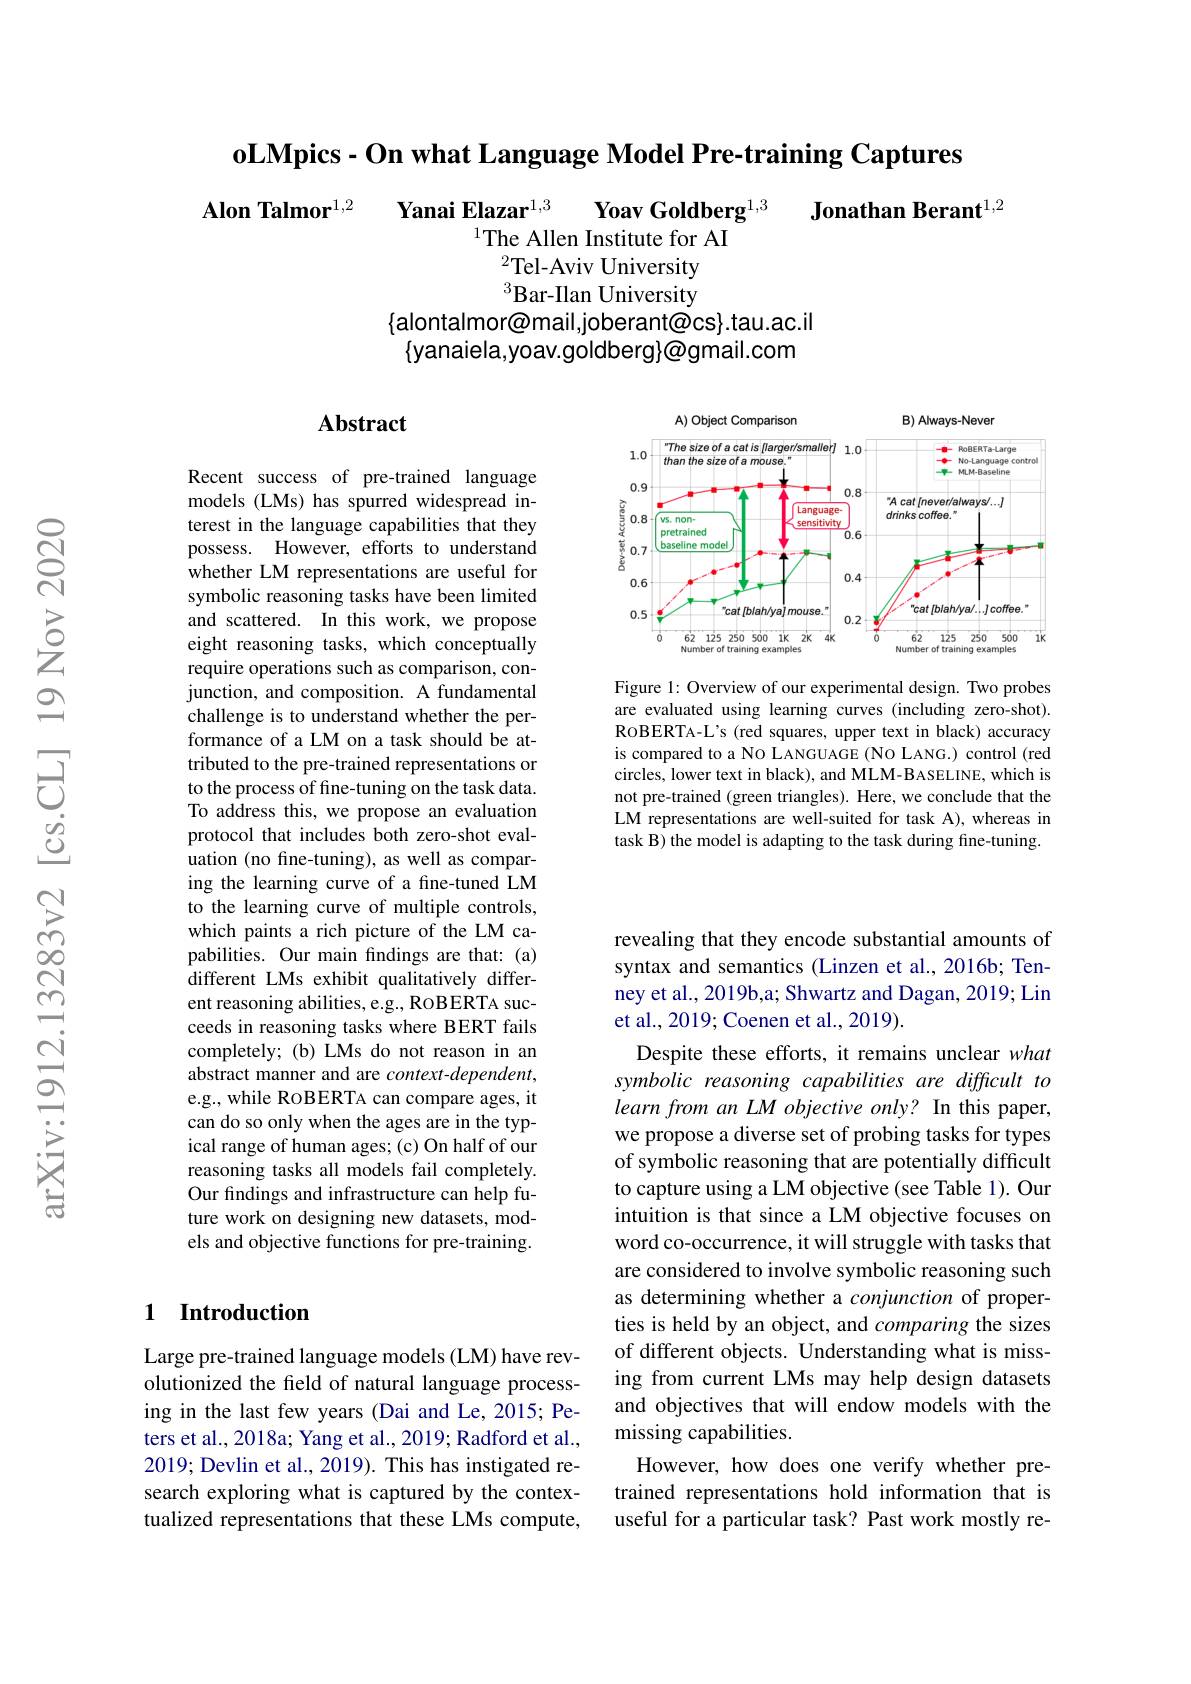
$\textbf{oLMpics - On what Language Model Pre- training Captures}$

$\textbf{Alon Talmor}^{1, 2}$ $\textbf{Yanai Elazar}^{1, 3}$ $\textbf{Yoav Goldberg}^{1, 3}$ $\textbf{Jonathan Berant}^{1, 2}$
$^{2}$Tel-Aviv University $^{3}$Bar-Ilan University
$\{$alontalmor@mail,joberant@cs}.tau.ac.il $\{$yanaiela,yoav.goldberg}@gmail.com

### $\mathbf{Abstract}$

<FigureHere>

Figure 1: Overview of our experimental design. Two probes are evaluated using learning curves (including zero-shot). RoBERTA-L's (red squares, upper text in black) accuracy is compared to a NO LANGUAGE (NO LANG.) control (red circles, lower text in black), and MLM-BASELINE, which is not pre-trained (green triangles). Here, we conclude that the LM representations are well-suited for task A),whereas in task B) the model is adapting to the task during fine-tuning.

Recent success of pre-trained language models (LMs) has spurred widespread interest in the language capabilities that they possess. However, efforts to understand whether LM representations are useful for symbolic reasoning tasks have been limited and scattered. In this work, we propose eight reasoning tasks, which conceptually require operations such as comparison, conjunction, and composition. A fundamental challenge is to understand whether the performance of a LM on a task should be attributed to the pre-trained representations or to the process of fine-tuning on the task data. To address this, we propose an evaluation protocol that includes both zero-shot evaluation (no fine-tuning), as well as comparing the learning curve of a fine-tuned LM to the learning curve of multiple controls, which paints a rich picture of the LM capabilities. Our main findings are that: (a) different LMs exhibit qualitatively different reasoning abilities, e.g., ROBERTA succeeds in reasoning tasks where BERT fails completely; (b) LMs do not reason in an abstract manner and are context-dependent, e.g., while ROBERTA can compare ages, it can do so only when the ages are in the typical range of human ages; (c) On half of our reasoning tasks all models fail completely. Our findings and infrastructure can help future work on designing new datasets, models and objective functions for pre-training.

revealing that they encode substantial amounts of syntax and semantics (Linzen et al., 2016b; Tenney et al., 2019b,a; Shwartz and Dagan, 2019; Lin et al., 2019; Coenen et al., 2019).
Despite these efforts, it remains unclear what symbolic reasoning capabilities are difficult to $learnfromanLMobjectiveonly?$ In this paper, we propose a diverse set of probing tasks for types of symbolic reasoning that are potentially difficult to capture using a LM objective (see Table 1). Our intuition is that since a LM objective focuses on word co-occurrence, it will struggle with tasks that are considered to involve symbolic reasoning such as determining whether a conjunction of properties is held by an object, and comparing the sizes of different objects. Understanding what is missing from current LMs may help design datasets and objectives that will endow models with the missing capabilities.
However, how does one verify whether pretrained representations hold information that is useful for a particular task? Past work mostly re-

## 1 Introduction

Large pre-trained language models (LM) have revolutionized the feld of natural language processing in the last few years (Dai and Le,2015; Peters et al., 2018a; Yang et al., 2019; Radford et al., 2019; Devlin et al., 2019). This has instigated research exploring what is captured by the contextualized representations that these LMs compute,